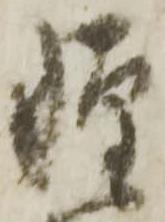
軽